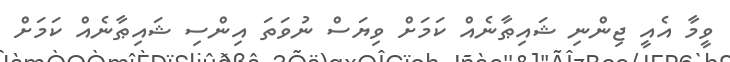
ވީމާ އެއީ ޖިންނި ޝައިޠާނެއް ކަމަށް ވިޔަސް ނުވަތަ އިންސި ޝައިޠާނެއް ކަމަށް